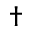
\dagger